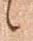
候